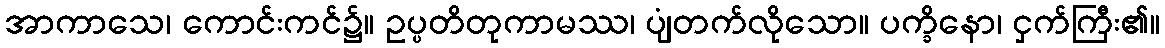
အာကာသေ၊ ကောင်းကင်၌။ ဥပ္ပတိတုကာမဿ၊ ပျံတက်လိုသော။ ပက္ခိနော၊ ငှက်ကြီး၏။